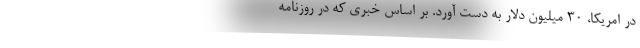
در امریکا، ۳۰ میلیون دلار به دست آورد. بر اساس خبری که در روزنامه